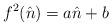
LaTeX: \begin{align*}f^2(\hat n) = a\hat n + b\end{align*}